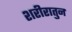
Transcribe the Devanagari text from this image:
शरीरातुन